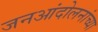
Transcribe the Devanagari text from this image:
जनआंदोलनांच्या